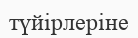
түйірлеріне